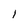
Character: 1